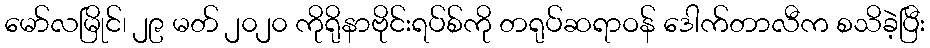
မော်လမြိုင်၊ ၂၉ မတ် ၂၀၂၀ ကိုရိုနာဗိုင်းရပ်စ်ကို တရုပ်ဆရာဝန် ဒေါက်တာလီက စသိခဲ့ပြီး